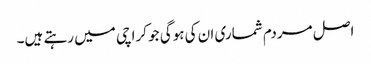
اصل مردم شماری ان کی ہوگی جو کراچی میں رہتے ہیں۔